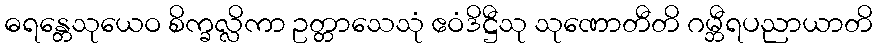
ဓရန္တေသုယေဝ စိက္ခလ္လိကာ ဥတ္တာသေသုံ ဧဝံဒိဋ္ဌီသု သုဏောတီတိ ဂမ္ဘီရပညာယာတိ